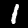
Digit: 1